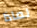
لماذا